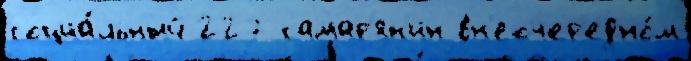
социа́льный 227 самар'ян'ин вн'еочер'едно́м